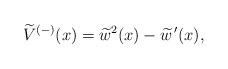
LaTeX: \begin{align*} \widetilde{V}^{(-)} (x) = \widetilde{w}^2(x) - \widetilde{w}^{\,\prime}(x),\end{align*}